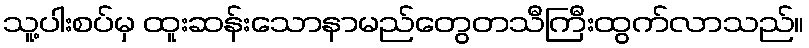
သူ့ပါးစပ်မှ ထူးဆန်းသောနာမည်တွေတသီကြီးထွက်လာသည်။